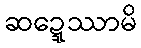
ဆဍ္ဍေဿာမိ